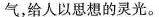
气，给人以思想的灵光。